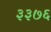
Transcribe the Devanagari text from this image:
३३७६